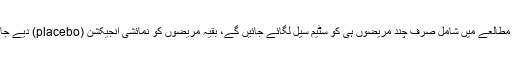
تجرباتی مطالعے میں شامل صرف چند مریضوں ہی کو سٹیم سیل لگائے جائیں گے، بقیہ مریضوں کو نمائشی انجیکشن (placebo) دیے جائیں گے۔